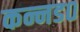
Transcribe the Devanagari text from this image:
कन्नड०